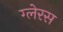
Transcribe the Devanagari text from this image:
ग्लेरस